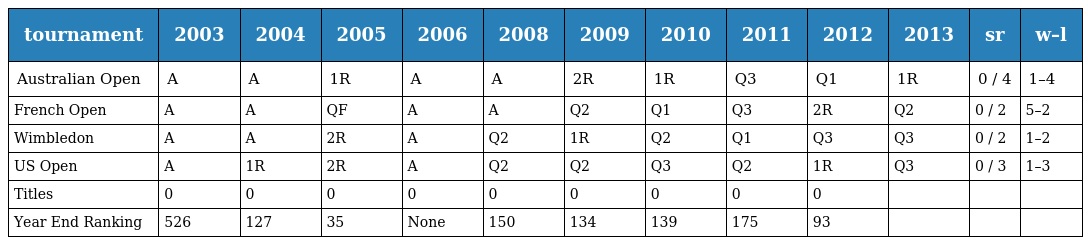
| tournament | 2003 | 2004 | 2005 | 2006 | 2008 | 2009 | 2010 | 2011 | 2012 | 2013 | sr | w–l |
 | --- | --- | --- | --- | --- | --- | --- | --- | --- | --- | --- | --- | --- |
 | Australian Open | A | A | 1R | A | A | 2R | 1R | Q3 | Q1 | 1R | 0 / 4 | 1–4 |
 | French Open | A | A | QF | A | A | Q2 | Q1 | Q3 | 2R | Q2 | 0 / 2 | 5–2 |
 | Wimbledon | A | A | 2R | A | Q2 | 1R | Q2 | Q1 | Q3 | Q3 | 0 / 2 | 1–2 |
 | US Open | A | 1R | 2R | A | Q2 | Q2 | Q3 | Q2 | 1R | Q3 | 0 / 3 | 1–3 |
 | Titles | 0 | 0 | 0 | 0 | 0 | 0 | 0 | 0 | 0 |  |  |  |
 | Year End Ranking | 526 | 127 | 35 | None | 150 | 134 | 139 | 175 | 93 |  |  |  |